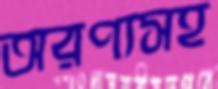
অরণ্যসহ